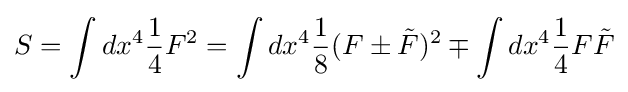
S=\int dx^{4}{\frac {1}{4}}F^{2}=\int dx^{4}{\frac {1}{8}}(F\pm {\tilde {F}})^{2}\mp \int dx^{4}{\frac {1}{4}}F{\tilde {F}}